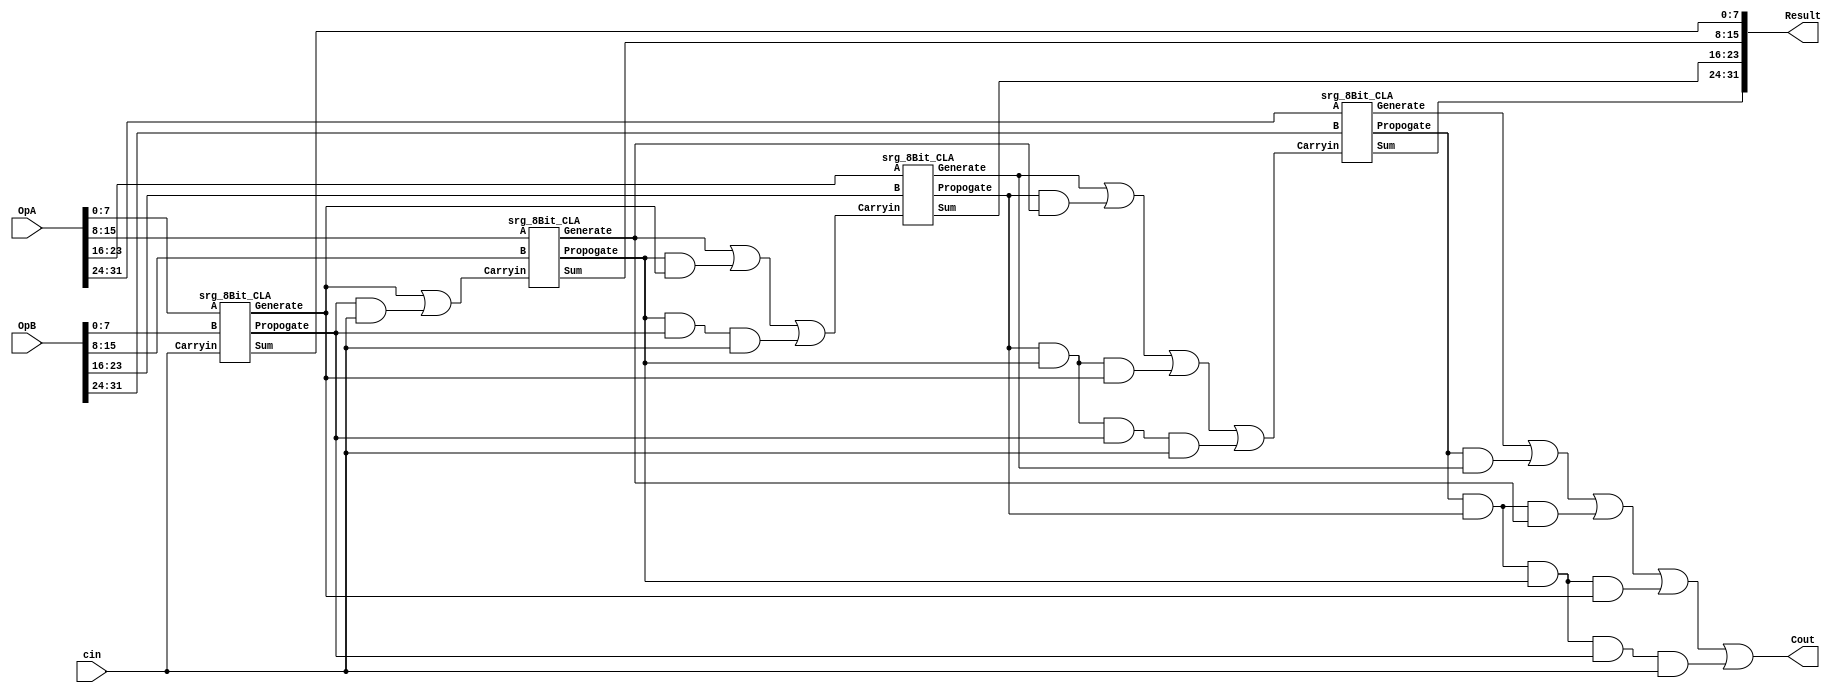
module srg_32Bit_CLA(OpA, OpB, Result, Cout, cin);
input [31:0] OpA, OpB;
input cin;
output [31:0] Result;
output Cout;
wire [3:0] g, p;
wire c8, c16, c24;

assign c8 = g[0] | (p[0] & cin);
assign c16 = g[1] | (p[1] & g[0]) | (p[1] & p[0] & cin);
assign c24 = g[2] | (p[2] & g[1]) | (p[2] & p[1] & g[0]) | (p[2] & p[1] & p[0] & cin);
assign Cout = g[3] | (p[3] & g[2]) | (p[3] & p[2] & g[1]) | (p[3] & p[2] & p[1] & g[0]) | (p[3] & p[2] & p[1] & p[0] & cin);
srg_8Bit_CLA Block0 (OpA[7:0], OpB[7:0], Result[7:0] , cin, g[0], p[0]);
srg_8Bit_CLA Block1 (OpA[15:8], OpB[15:8], Result [15:8], c8, g[1], p[1]);
srg_8Bit_CLA Block2 (OpA[23:16], OpB[23:16], Result[23:16], c16, g[2], p[2]);
srg_8Bit_CLA Block3 (OpA[31:24], OpB[31:24], Result[31:24], c24, g[3], p[3]);







endmodule 



module srg_8Bit_CLA(A, B, Sum, Carryin, Generate, Propogate);
input [7:0] A, B;
input Carryin;
output [7:0] Sum;
wire [7:0] C, P, G;
output Generate, Propogate;

assign P= A ^ B;
assign G= A & B;

assign C[0]= Carryin;
assign C[1]= G[0] | (P[0]& C[0]);
assign C[2]= G[1] | (P[1] & G[0]) | (P[1] & P[0]& C[0]);
assign C[3]= G[2] | (P[2] & G[1]) | (P[2] & P[1] & G[0]) | (P[2] & P[1] & P[0]& C[0]);
assign C[4]= G[3] | (P[3] & G[2]) | (P[3] & P[2] & G[1]) | (P[3] & P[2] & P[1] & G[0]) | (P[3] & P[2] & P[1] & P[0]& C[0]);
assign C[5]= G[4] | (P[4] & G[3]) | (P[4] & P[3] & G[2]) | (P[4] & P[3] & P[2] & G[1]) | (P[4] & P[3] & P[2] & P[1] & G[0]) | (P[4] & P[3] & P[2] & P[1] & P[0]& C[0]);
assign C[6]= G[5] | (P[5] & G[4]) | (P[5] & P[4] & G[3]) | (P[5] & P[4] & P[3] & G[2]) | (P[5] & P[4] & P[3] & P[2] & G[1]) | (P[5] & P[4] & P[3] & P[2] & P[1] & G[0]) | (P[5] & P[4] & P[3] & P[2] & P[1] & P[0] & C[0]);
assign C[7]= G[6] | (P[6] & G[5]) | (P[6] & P[5] & G[4]) | (P[6] & P[5] & P[4] & G[3]) | (P[6] & P[5] & P[4] & P[3] & G[2]) | (P[6] & P[5] & P[4] & P[3] & P[2] & G[1]) | (P[6] & P[5] & P[4] & P[3] & P[2] & P[1] & G[0]) | (P[6] & P[5] & P[4] & P[3] & P[2] & P[1] & P[0]& C[0]);
//assign Carryout = G[7] | P[7] & G[6] | P[7]& P[6] & G[5] | P[7] & P[6] & P[5] & G[4] | P[7] &P[6] & P[5] & P[4] & G[3] | P[7] &P[6] & P[5] & P[4] & P[3] & G[2] | P[7] & P[6] & P[5] & P[4] & P[3] & P[2] & G[1] | P[7] & P[6] & P[5] & P[4] & P[3] & P[2] & P[1] & G[0] | P[7] & P[6] & P[5] & P[4] & P[3] & P[2] & P[1] & P[0]& C[0];

assign Generate = G[7] | (P[7] & G[6]) | (P[7]& P[6] & G[5]) | (P[7] & P[6] & P[5] & G[4]) | (P[7] &P[6] & P[5] & P[4] & G[3]) | (P[7] &P[6] & P[5] & P[4] & P[3] & G[2]) | (P[7] & P[6] & P[5] & P[4] & P[3] & P[2] & G[1]) | (P[7] & P[6] & P[5] & P[4] & P[3] & P[2] & P[1] & G[0]);
assign Propogate = P[7] & P[6] & P[5] & P[4] & P[3] & P[2] & P[1] & P[0];
assign Sum = P^C;
endmodule